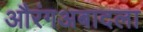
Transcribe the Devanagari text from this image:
औरंगअबादला